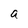
Character: a